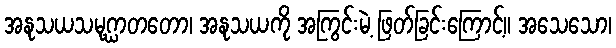
အနုသယသမုဂ္ဃာတတော၊ အနုသယကို အကြွင်းမဲ့ ဖြတ်ခြင်းကြောင့်။ အသေသော၊